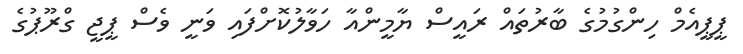
ޕީޕީއެމް ހިންގުމުގެ ބާރުތައް ރައީސް ޔާމީންއާ ހަވާލުކޮށްފައި ވަނީ ވެސް ޕީޖީ ގްރޫޕުގެ